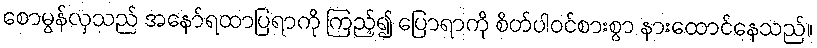
စောမွန်လှသည် အနော်ရထာပြရာကို ကြည့်၍ ပြောရာကို စိတ်ပါဝင်စားစွာ နားထောင်နေသည်။